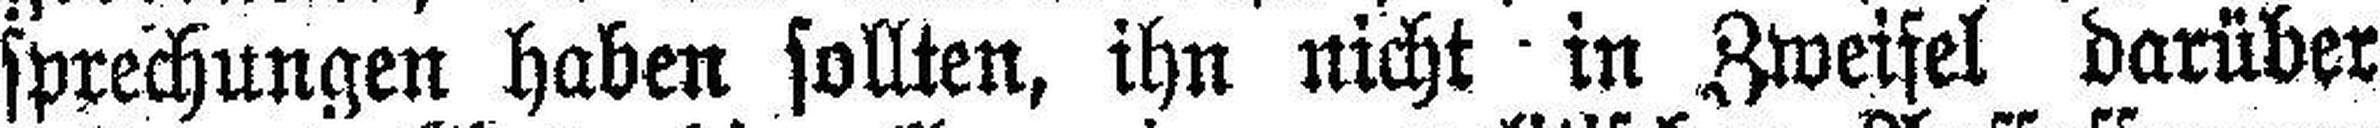
sprechungen haben sollten, ihn nicht in Zweifel darüber